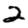
Digit: 2